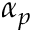
\alpha _ { p }